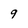
Character: 9